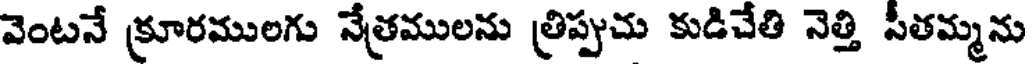
వెంటనే క్రూరములగు నేత్రములను త్రిప్పుచు కుడిచేతి నెత్తి సీతమ్మను